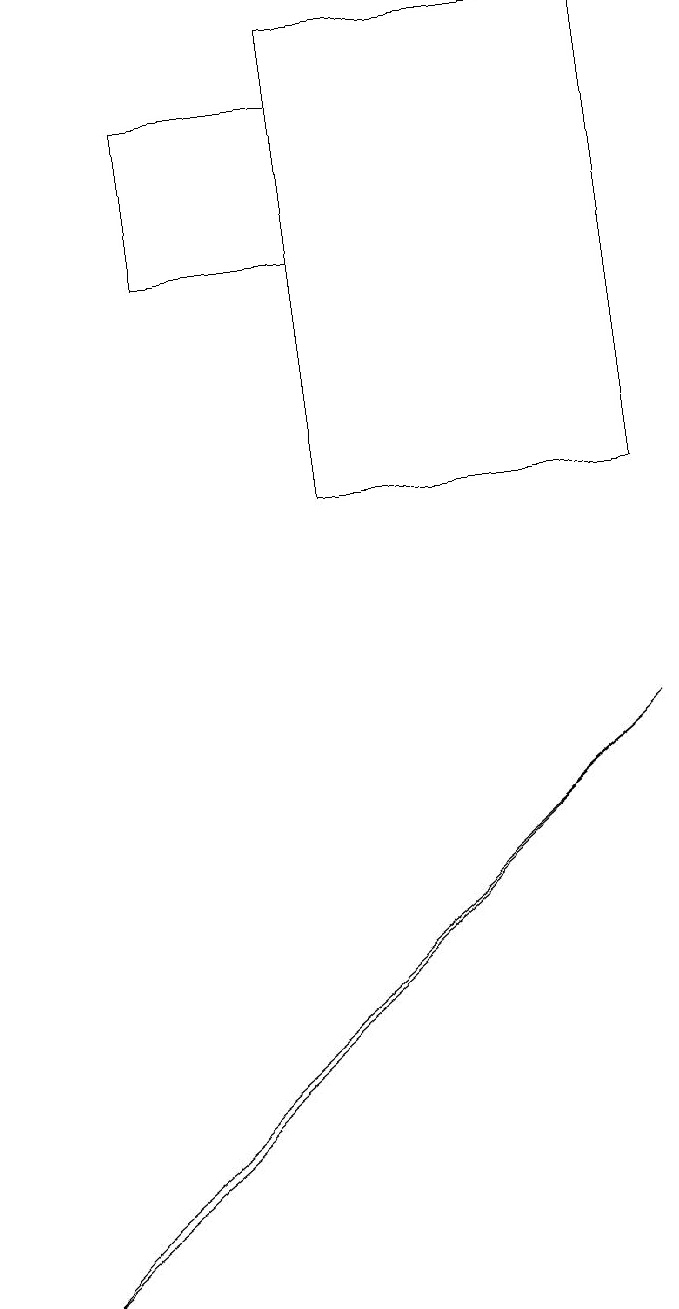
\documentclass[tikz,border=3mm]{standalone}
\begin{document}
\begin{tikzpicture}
\draw (4,16) rectangle (8,10);
\draw (4,13) rectangle (2,15);
\draw (0,0) -- (8,7) -- (1,1) -- cycle;
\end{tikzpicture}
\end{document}